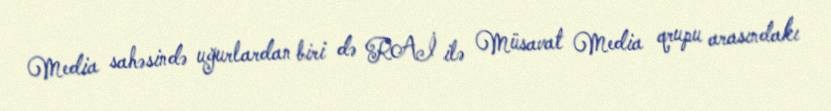
Media sahəsində uğurlardan biri də RAİ ilə Müsavat Media qrupu arasındakı